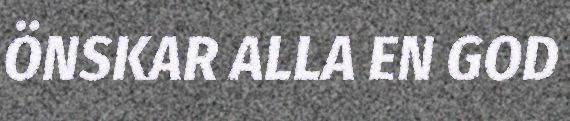
ÖNSKAR ALLA EN GOD